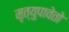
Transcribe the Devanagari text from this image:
मृत्युपावेतो